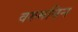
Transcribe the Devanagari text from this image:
वरुमयिन